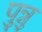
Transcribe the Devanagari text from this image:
पुन्नु